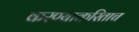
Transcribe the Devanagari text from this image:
करण्याकरिताच